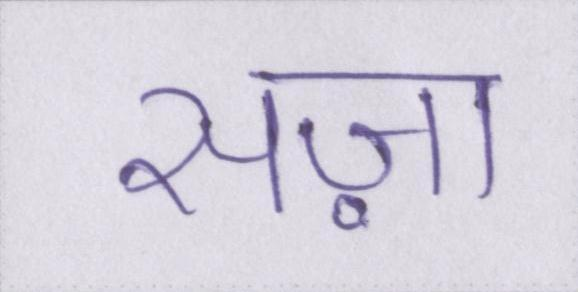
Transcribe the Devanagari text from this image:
सज़ा